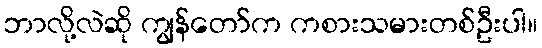
ဘာလို့လဲဆို ကျွန်တော်က ကစားသမားတစ်ဦးပါ။